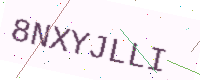
Text: 8NXYJLLI